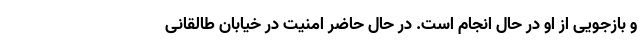
و بازجویی از او در حال انجام است. در حال حاضر امنیت در خیابان طالقانی